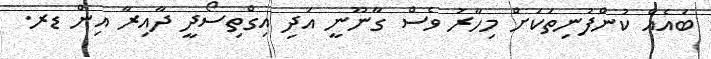
ބައެއް ކުންފުނިތަކަށް މިހާރު ވެސް ގާނޫނީ އަދި އިގްތިސޯދީ ދާއިރާ އިން ޑރ.